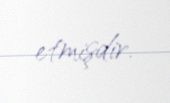
etmişdir.